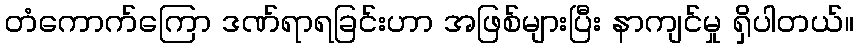
တံကောက်ကြော ဒဏ်ရာရခြင်းဟာ အဖြစ်များပြီး နာကျင်မှု ရှိပါတယ်။